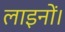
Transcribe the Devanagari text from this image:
लाइनों।